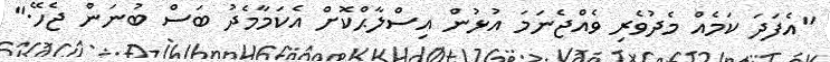
"އެފަދަ ކަމެއް މެދުވެރި ވެއްޖެނަމަ އުޅުން އިސްލާޙްކޮށް އެކަމާމެދު ބަސް ބުނަން ޖެހޭ."